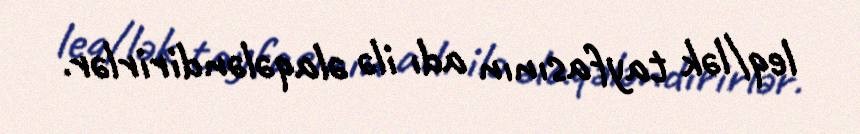
leq/lək tayfasının adı ilə əlaqələndirirlər.